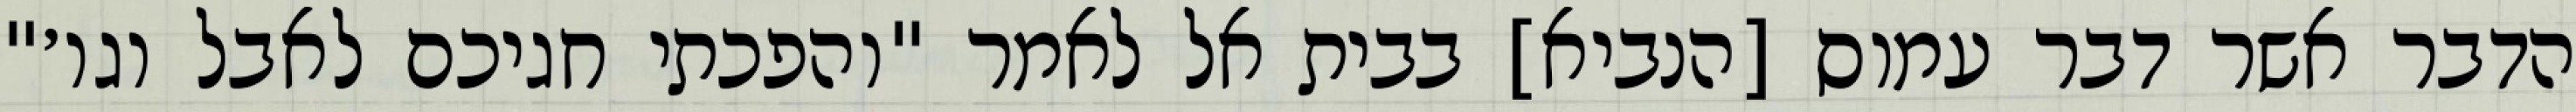
הדבר אשר דבר עמוס [הנביא] בבית אל לאמר "והפכתי חגיכם לאבל וגו׳"